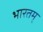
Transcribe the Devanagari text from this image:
भारतम्‌